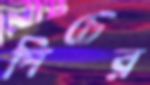
পিচের